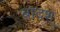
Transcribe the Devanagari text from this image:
बादश्